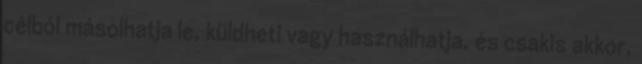
célból másolhatja le, küldheti vagy használhatja, és csakis akkor,